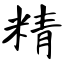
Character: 精